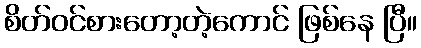
စိတ်ဝင်စားတော့တဲ့ကောင် ဖြစ်နေ ပြီ။